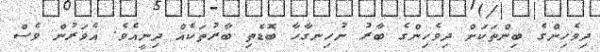
ދިވެހިންގެ ބިންތަކަށް ދިވެހިންގެ ބާރު ނުހިނގާހާ ބޮޑެތި ބާރުތަކެއް ދިނީއެވެ. އެވަރުން ވެސް